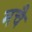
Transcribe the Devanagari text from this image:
मचै